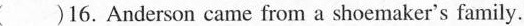
( )16. Anderson came from a shoemaker's family.